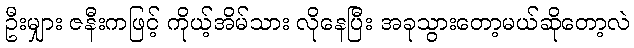
ဦးမျှား ဇနီးကဖြင့် ကိုယ့်အိမ်သား လိုနေပြီး အခုသွားတော့မယ်ဆိုတော့လဲ